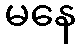
မနေ